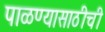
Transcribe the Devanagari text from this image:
पाळण्यासाठीची